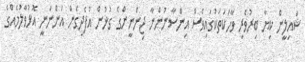
ޝައިލީން ކިޔާ ބިރުވެރި ވާހަކަތަކުގައިވެސް އިންސާނުންނާ ޖިންނީންގެ ގުޅުން އުފެދިގެން އަންނަނީ އޮޅުވާލުމެއްގެ